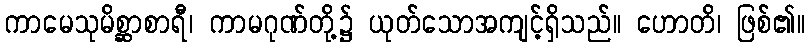
ကာမေသုမိစ္ဆာစာရီ၊ ကာမဂုဏ်တို့၌ ယုတ်သောအကျင့်ရှိသည်။ ဟောတိ၊ ဖြစ်၏။